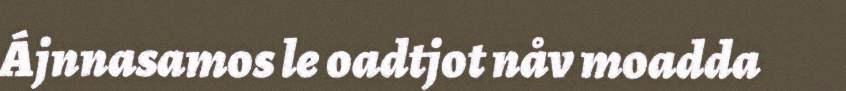
Ájnnasamos le oadtjot nåv moadda